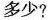
多少？